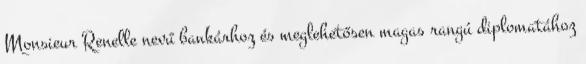
Monsieur Renelle nevű bankárhoz és meglehetősen magas rangú diplomatához